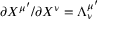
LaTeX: \partial X ^ { \mu ^ { \prime } } / \partial X ^ { \nu } = \Lambda _ { \nu } ^ { \mu ^ { \prime } }